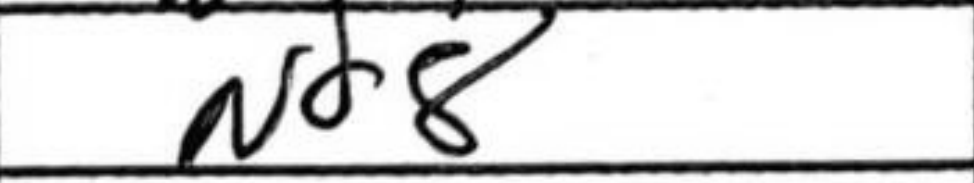
Transcription: Nd8